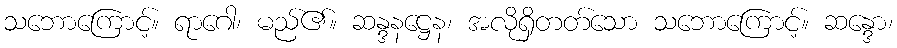
သဘောကြောင့်။ ရာဂေါ၊ မည်၏။ ဆန္ဒနဋ္ဌေန၊ အလိုရှိတတ်သော သဘောကြောင့်။ ဆန္ဒော၊